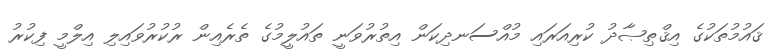
ޤައުމުތަކުގެ އިޤްޠިޞާދު ކުރިއަރައި މުއްސަނދިކަން އިތުރުވަނީ ތައުލީމުގެ ތެރެއިން ރުކުރުވައިލި އިލްމީ ފިކުރު